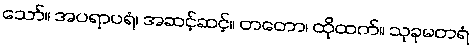
သော်။ အပရာပရံ၊ အဆင့်ဆင့်။ တတော၊ ထိုထက်။ သုခုမတရံ